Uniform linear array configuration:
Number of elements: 8
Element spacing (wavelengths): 1
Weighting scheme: exponential
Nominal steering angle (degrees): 60
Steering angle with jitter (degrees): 60.414
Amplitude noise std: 0.05
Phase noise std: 0.05

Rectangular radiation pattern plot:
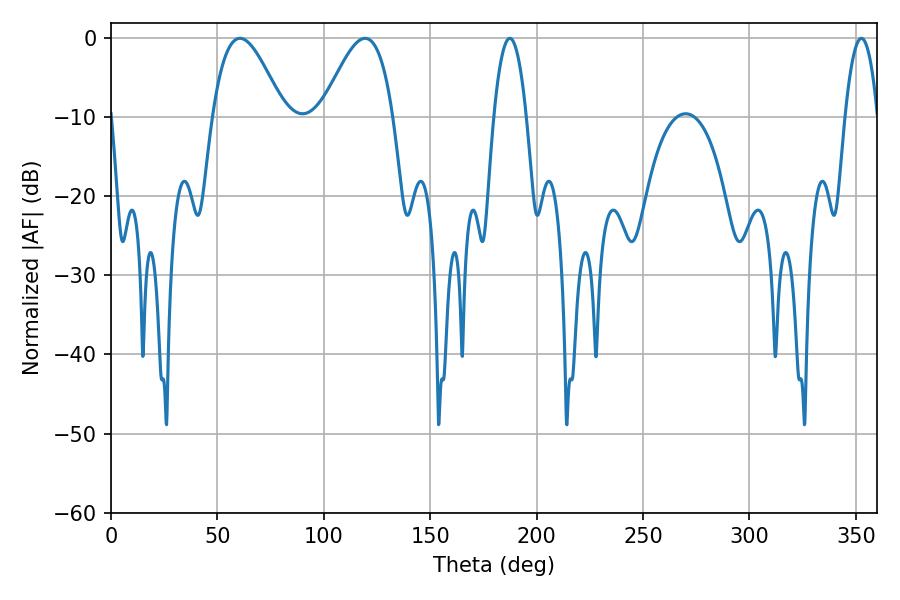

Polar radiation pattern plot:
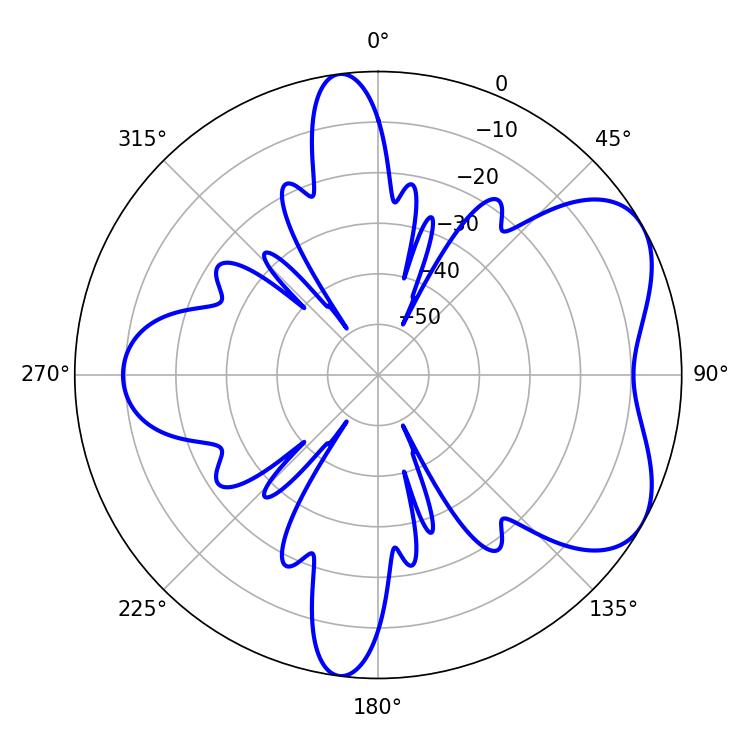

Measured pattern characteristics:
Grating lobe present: TRUE
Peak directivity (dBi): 5.607
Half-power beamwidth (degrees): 8.46
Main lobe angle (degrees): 187.38